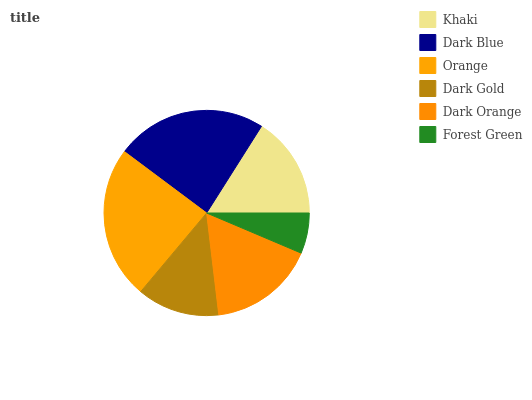
| Khaki | Dark Blue | Orange | Dark Gold | Dark Orange | Forest Green |
 | --- | --- | --- | --- | --- | --- |
 | 16.1% | 23.7% | 24.1% | 13% | 16.7% | 6.39% |